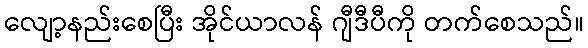
လျော့နည်းစေပြီး အိုင်ယာလန် ဂျီဒီပီကို တက်စေသည်။